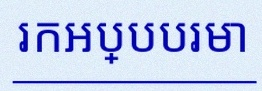
រកអប្បបរមា